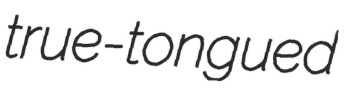
true-tongued